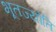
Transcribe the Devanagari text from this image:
भूतज्योति